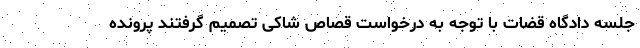
جلسه دادگاه قضات با توجه به درخواست قصاص شاکی تصمیم گرفتند پرونده